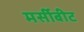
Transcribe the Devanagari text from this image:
मर्सीबीट